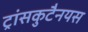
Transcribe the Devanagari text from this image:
ट्रांसकुटैनयस